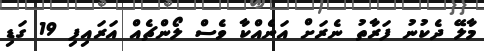
މާލޭ ދެކުނު ފަރާތު ނެރަށް އަނެއްކާ ވެސް ލޯންޗެއް އަރައިފި 19 ގަޑި